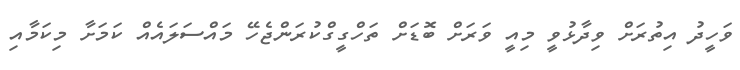
ވަހީދު އިތުރަށް ވިދާޅުވީ މިއީ ވަރަށް ބޮޑަށް ތަހްގީގްކުރަންޖެހޭ މައްސަލައެއް ކަމަށާ މިކަމާއި